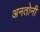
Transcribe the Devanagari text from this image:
अनतोनी